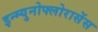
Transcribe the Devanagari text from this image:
इन्म्युनोफ्लोरासेंस